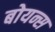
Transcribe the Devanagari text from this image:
बोयन्स